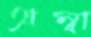
অম্বা